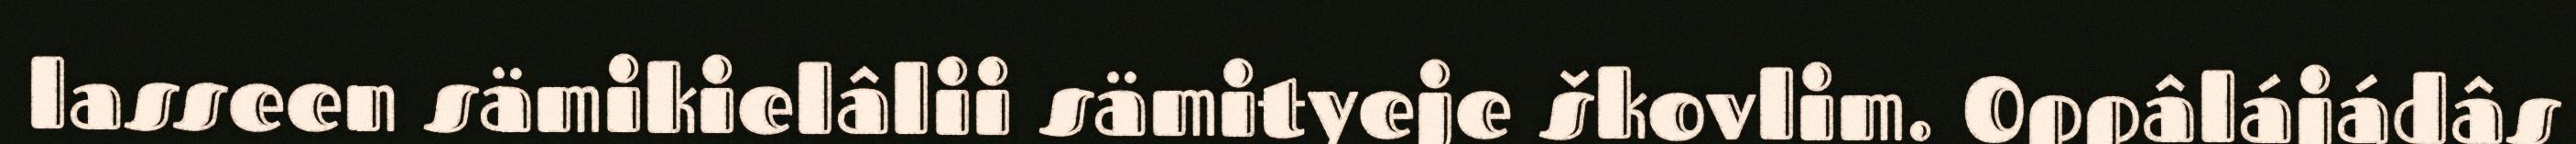
lasseen sämikielâlii sämityeje škovlim. Oppâlájádâs